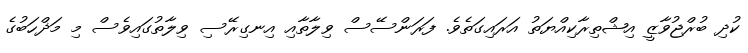
ކުދި ބުރްޖުވާޒީ އިޝްތިރާކިއްޔަތު އަރައިގަތެވެ. ފަރަންސޭސް ވިލާތާއި އިނގިރޭސި ވިލާތުގައިވެސް މި މަޛްހަބުގެ